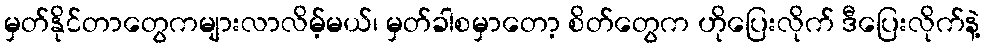
မှတ်နိုင်တာတွေကများလာလိမ့်မယ်၊ မှတ်ခါစမှာတော့ စိတ်တွေက ဟိုပြေးလိုက် ဒီပြေးလိုက်နဲ့